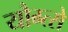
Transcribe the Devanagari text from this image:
यौग्त्से